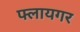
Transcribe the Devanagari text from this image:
फ्लायगर